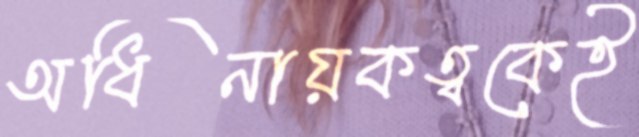
অধিনায়কত্বকেই